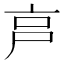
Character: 𡱀